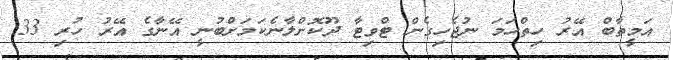
އަމީތާބް އޭރު ހިތްހަމަ ނުޖެހިގެން ޓްވިޓާ ދޫކޮށްލާނެކަމަށްބުނީ އޭނާގެ އޭރު ހުރި 33